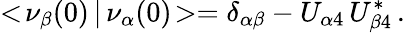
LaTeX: <\! \nu_{\beta}(0)\, |\, \nu_{\alpha}(0)\! >=\delta_{\alpha\beta}-U_{\alpha 4}\, U_{\beta 4}^{*}\, .